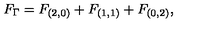
F _ { \Gamma } = F _ { ( 2 , 0 ) } + F _ { ( 1 , 1 ) } + F _ { ( 0 , 2 ) } ,